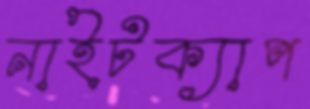
নাইটক্যাপ